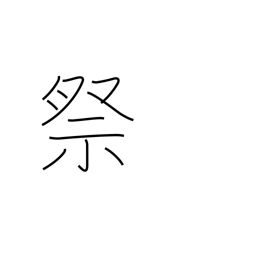
Meaning: worship